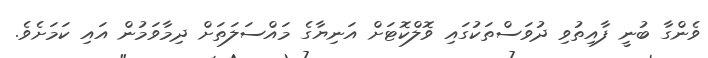
ވެންގާ ބުނީ ފާއިތުވި ދުވަސްތަކުގައި ވޮލްކޮޓަށް އަނިޔާގެ މައްސަލަތަށް ދިމާވަމުން އައި ކަމަށެވެ.